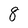
Character: 8